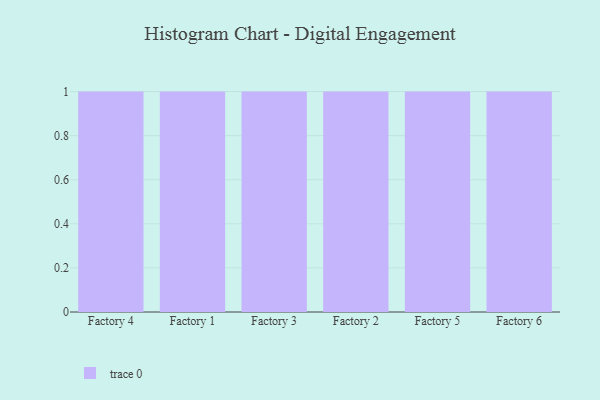
{"axis": {"x": "Factory", "y": "LTV (USD)"}, "legend": [""], "data": [{"x": "Factory 4", "y": 22, "type": ""}, {"x": "Factory 1", "y": 68, "type": ""}, {"x": "Factory 3", "y": 93, "type": ""}, {"x": "Factory 2", "y": 80, "type": ""}, {"x": "Factory 5", "y": 42, "type": ""}, {"x": "Factory 6", "y": 2, "type": ""}]}